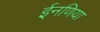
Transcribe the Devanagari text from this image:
ईनणिया